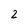
Character: 2